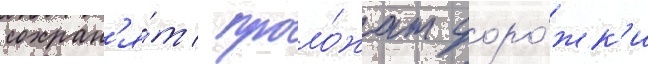
сохран'я́т / проло́жат доро́жк'и